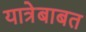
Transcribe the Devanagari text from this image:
यात्रेबाबत